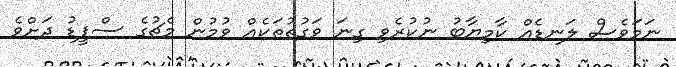
ނަމަވެސް ލަނޑެއް ކާމިޔާބު ނުކުރެވި ގިނަ ވަގުތުތަކެއް ވުމުން މެޗުގެ ސްޕީޑު ދަށްވެ